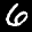
Label: 6